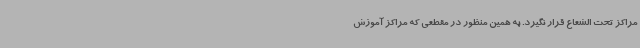
مراکز تحت الشعاع قرار نگیرد. به همین منظور در مقطعی که مراکز آموزش